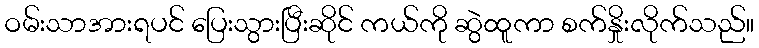
ဝမ်းသာအားရပင် ပြေးသွားပြီးဆိုင် ကယ်ကို ဆွဲထူကာ စက်နှိုးလိုက်သည်။